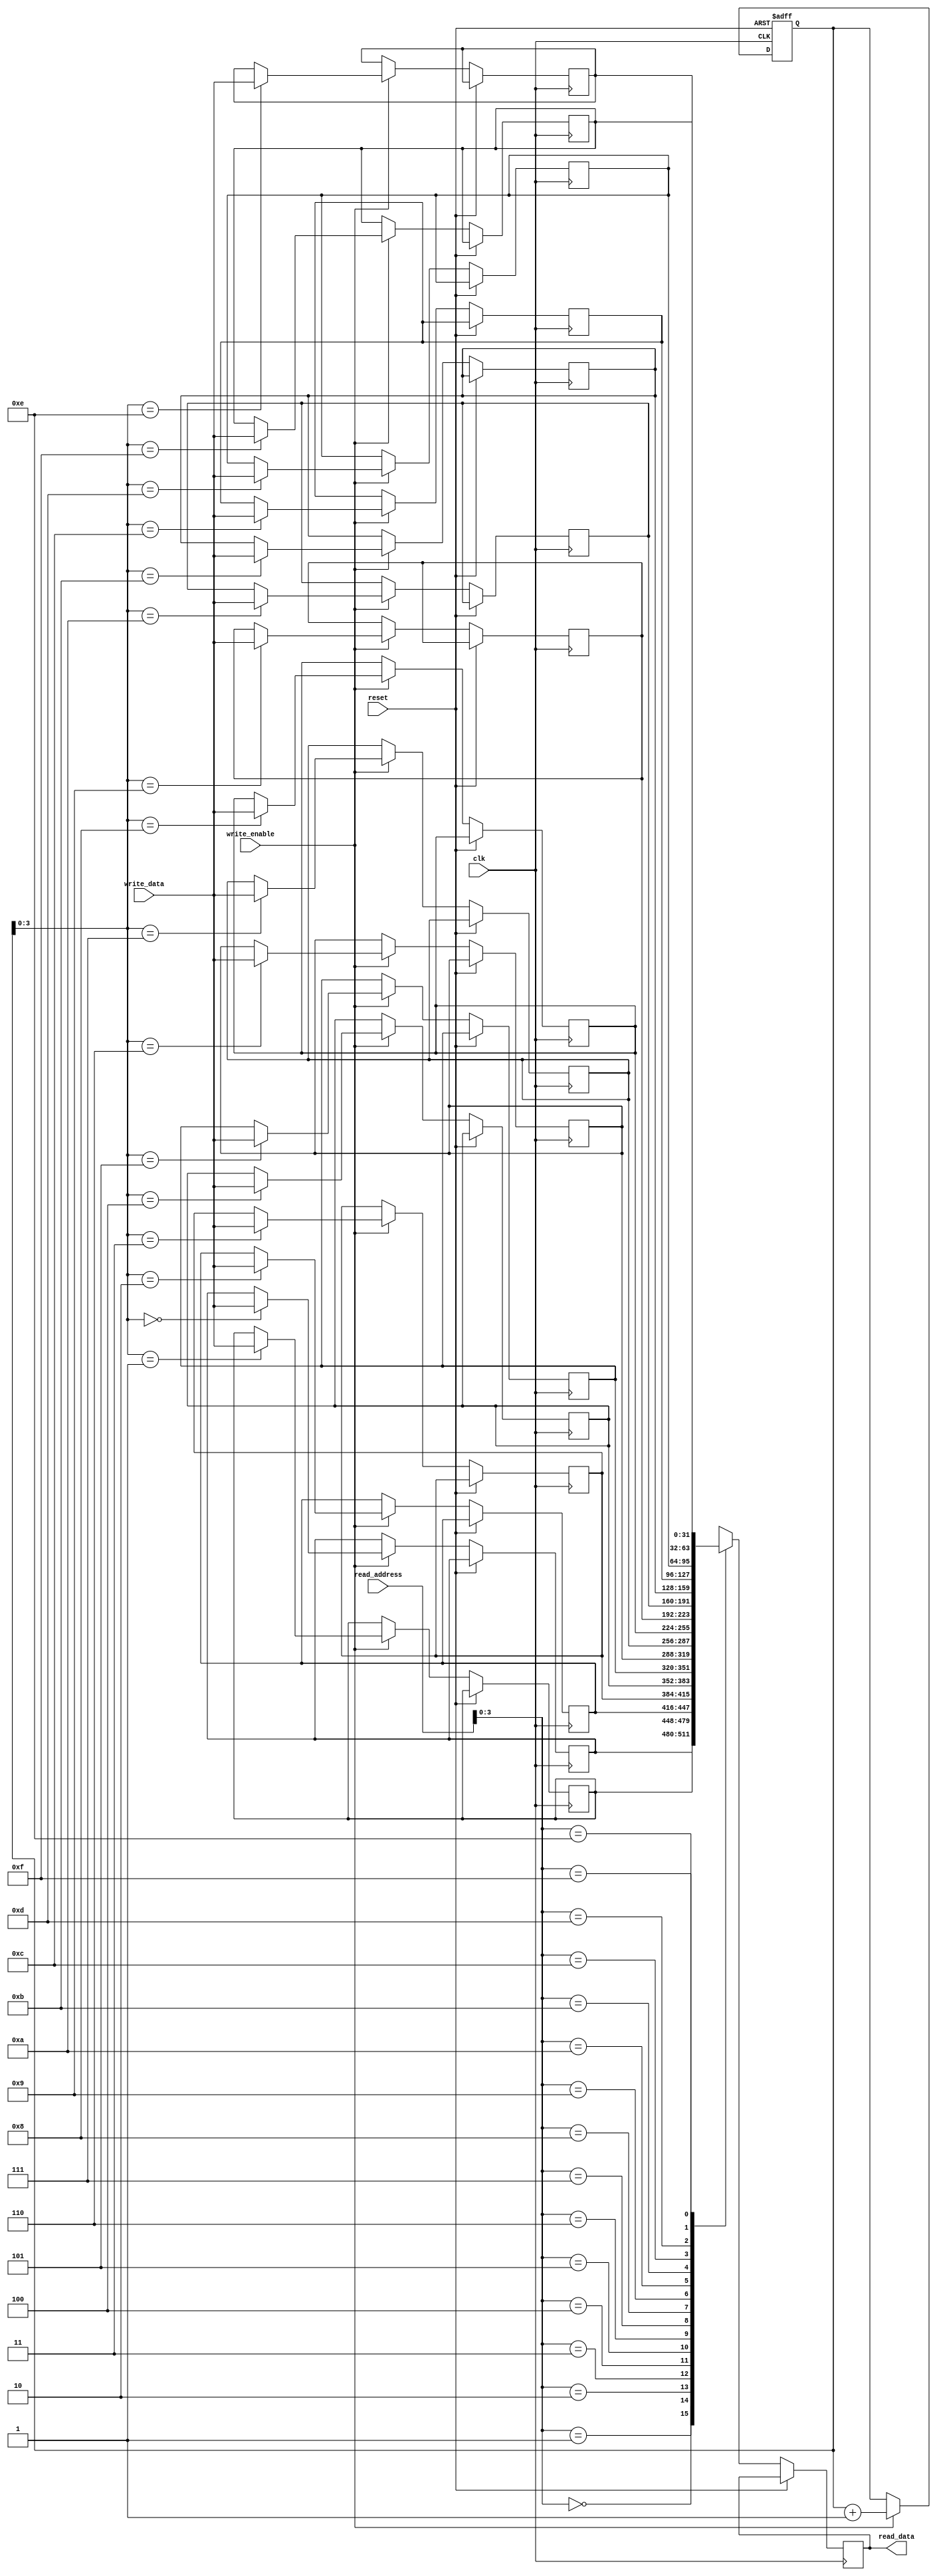
module circular_register_file (
    input wire clk,
    input wire reset,
    input wire [31:0] write_data,
    input wire write_enable,
    input wire [4:0] read_address,
    output reg [31:0] read_data
);

reg [31:0] memory [15:0]; // Define 16 memory blocks for the circular register file
reg [4:0] write_pointer;
reg [4:0] read_pointer;

always @(posedge clk or posedge reset) begin
    if (reset) begin
        write_pointer <= 0; 
        read_pointer <= 0;
    end else begin
        if (write_enable) begin
            memory[write_pointer] <= write_data;
            write_pointer <= write_pointer + 1;
        end
        read_data <= memory[read_address];
        read_pointer <= read_pointer + 1;
    end
end

endmodule